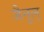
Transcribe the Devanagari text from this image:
जैनुल्